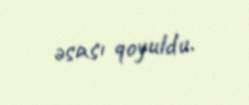
əsası qoyuldu.